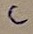
Text: C